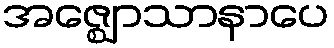
အဇ္ဈောသာနာပေ